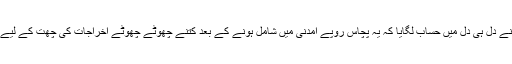
یہ خیال آتے ہی میں نے دل ہی دل میں حساب لگایا کہ یہ پچاس روپے آمدنی میں شامل ہونے کے بعد کتنے چھوٹے چھوٹے اخراجات کی چھت کے لیے ستون بن گئے تھے؟